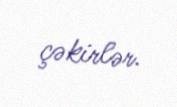
çəkirlər.